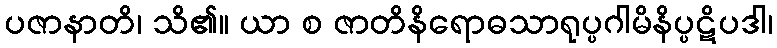
ပဇာနာတိ၊ သိ၏။ ယာ စ ဇာတိနိရောဓသာရုပ္ပဂါမိနိပ္ပဋိပဒါ၊